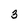
Character: 3